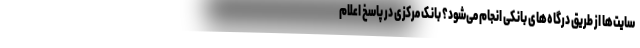
سایت‌ها از طریق درگاه‌های بانکی انجام می‌شود؟ بانک مرکزی در پاسخ اعلام